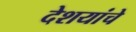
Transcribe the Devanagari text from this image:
देशयांचे